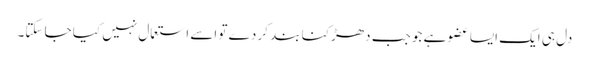
دل ہی ایک ایسا عضو ہے جو جب دھڑکنا بند کر دے تو اسے استعمال نہیں کیا جا سکتا۔